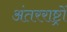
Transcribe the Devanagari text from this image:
अंतरराष्ट्रों